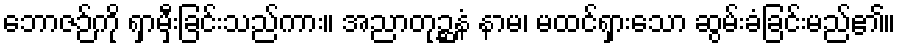
ဘောဇဉ်ကို ရှာမှီးခြင်းသည်ကား။ အညာတုဉ္ဆနံ နာမ၊ မထင်ရှားသော ဆွမ်းခံခြင်းမည်၏။